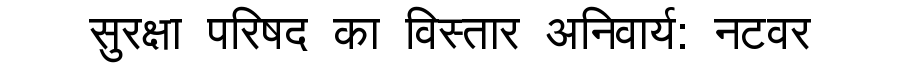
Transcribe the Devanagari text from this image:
सुरक्षा परिषद का विस्तार अनिवार्य: नटवर